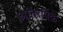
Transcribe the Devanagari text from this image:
आंतरपिके